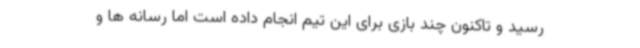
رسید و تاکنون چند بازی برای این تیم انجام داده است اما رسانه ها و